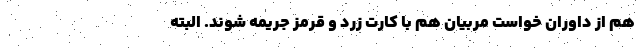
هم از داوران خواست مربیان هم با کارت زرد و قرمز جریمه شوند. البته